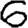
Digit: 6